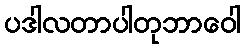
ပဒါလတာပါတုဘာဝေါ